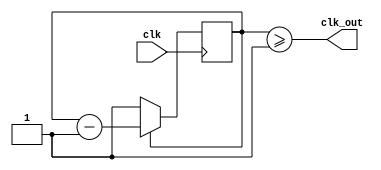
module counter_clock
		#(
		parameter CLK_FREQ = 12_000_000,
		parameter COUNTER_FREQ = 6_000_000
		)
		
		(
		output clk_out,
		
		input clk
		);
	
	localparam TICKS = CLK_FREQ / COUNTER_FREQ;
	localparam BITS = $clog2(TICKS);
	
	reg [BITS-1:0] counter = TICKS - 1;
	
	always @ (posedge clk)
		counter <= (counter == 0) ? (TICKS-1) : counter-1;
		
	assign clk_out = (counter >= (TICKS/2));
	
endmodule